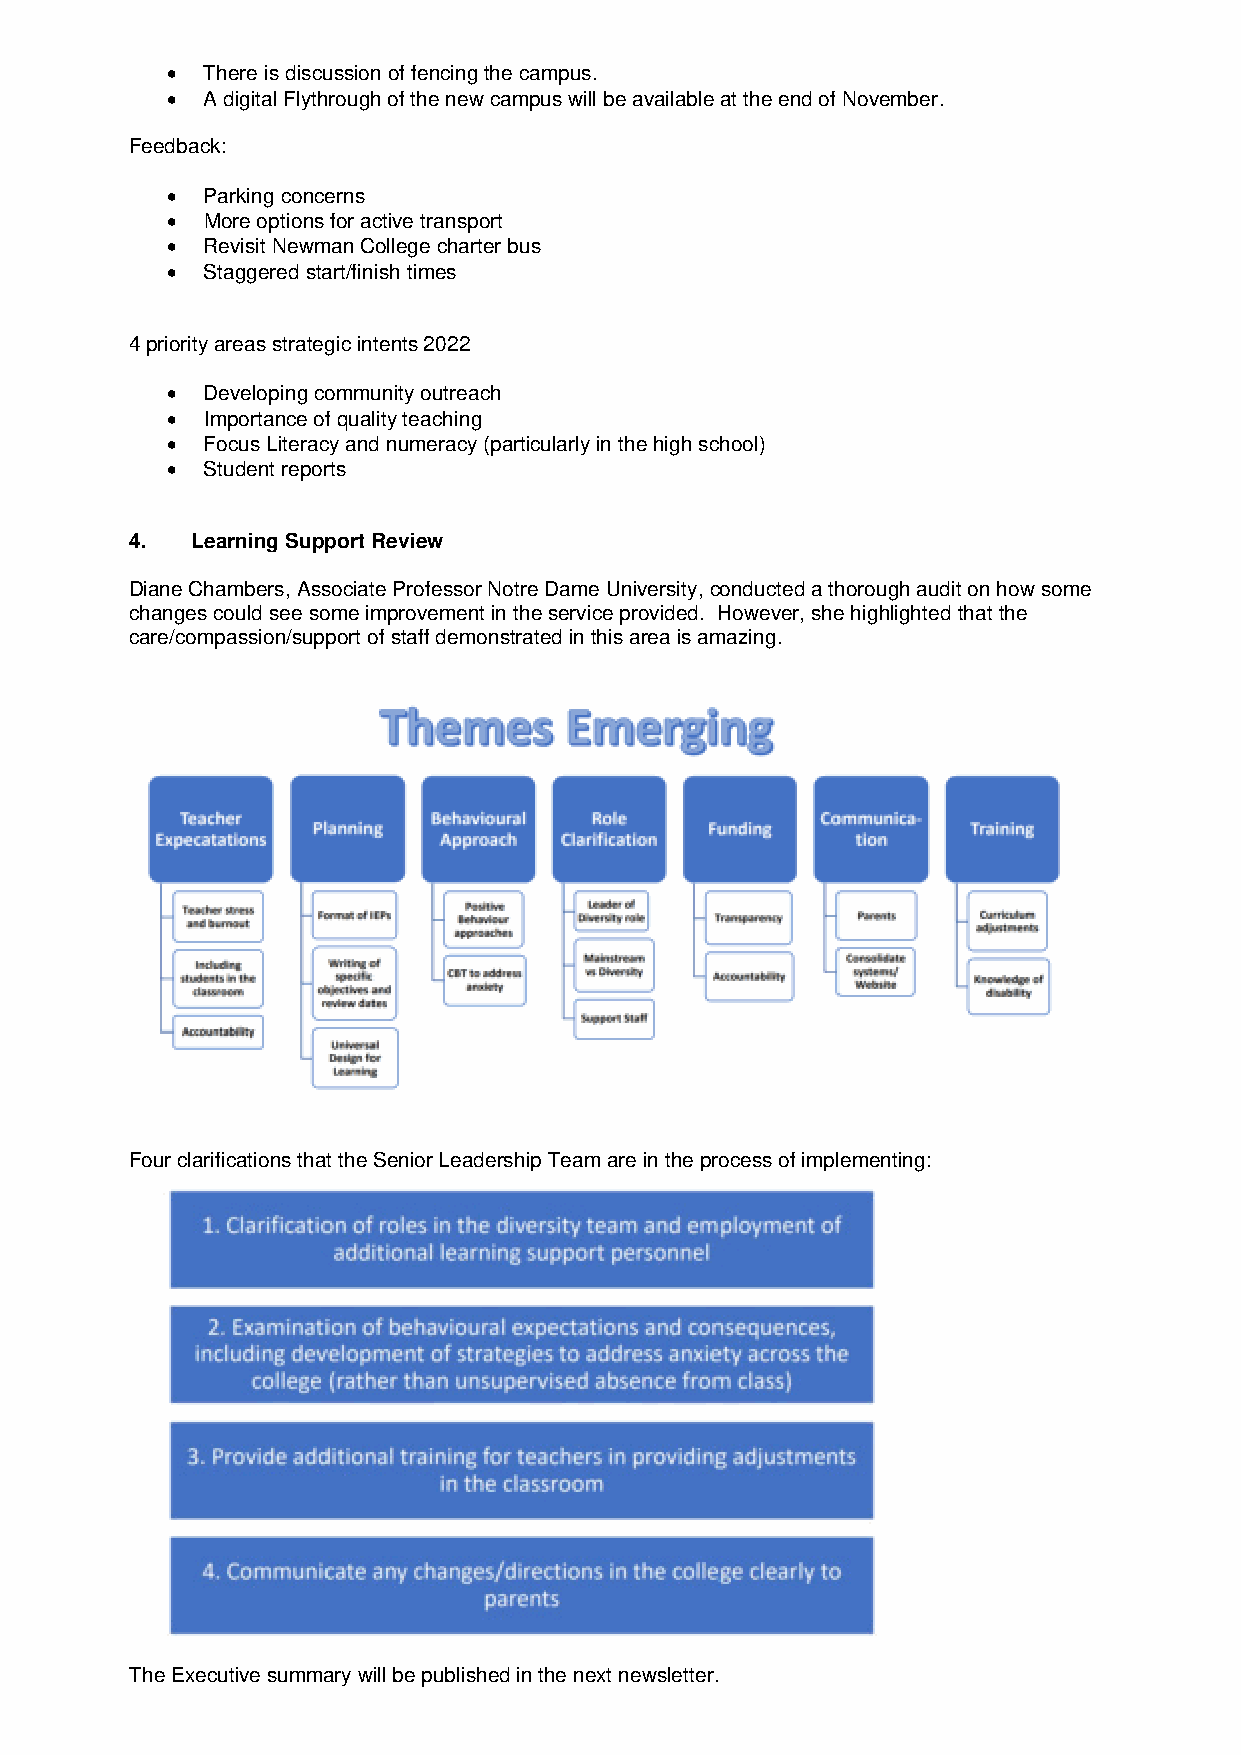
•  There is discussion of fencing the campus.
 •  A digital Flythrough of the new campus will be available at the end of November.
 Feedback:
 •  Parking concerns
 •  More options for active transport
 •  Revisit Newman College charter bus
 •  Staggered start/finish times
 4 priority areas strategic intents 2022
 •  Developing community outreach
 •  Importance of quality teaching
 •  Focus Literacy and numeracy (particularly in the high school)
 •  Student reports
 4.  Learning Support Review
 Diane Chambers, Associate Professor Notre Dame University,conducted a thorough audit on how some
 changes could see some improvement in the service provided. However, she highlighted that the
 care/compassion/support of staff demonstrated in this area is amazing.
 Four clarifications that the Senior Leadership Team are in the process of implementing:
 The Executive summary will be published in the next newsletter.